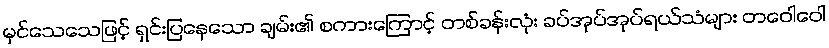
မှင်သေသေဖြင့် ရှင်းပြနေသော ချမ်း၏ စကားကြောင့် တစ်ခန်းလုံး ခပ်အုပ်အုပ်ရယ်သံများ တဝေါဝေါ